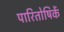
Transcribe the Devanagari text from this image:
पारितोषिकें